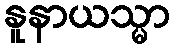
နူနာယသ္မာ